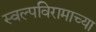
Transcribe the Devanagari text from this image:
स्वल्पविरामाच्या